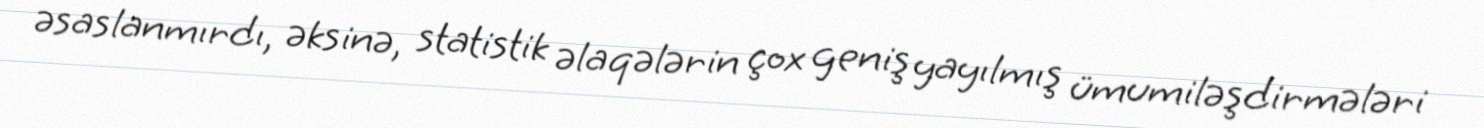
əsaslanmırdı, əksinə, statistik əlaqələrin çox geniş yayılmış ümumiləşdirmələri